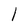
Character: l